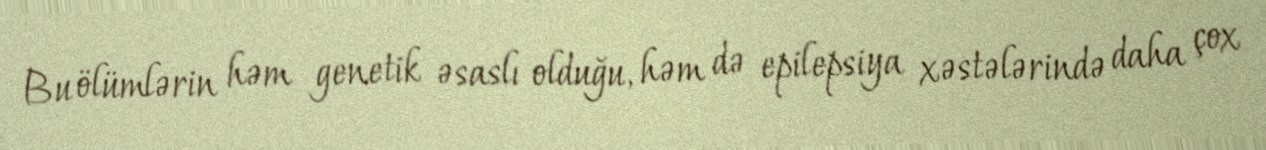
Bu ölümlərin həm genetik əsaslı olduğu, həm də epilepsiya xəstələrində daha çox